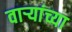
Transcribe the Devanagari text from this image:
वाऱ्यांच्या